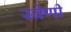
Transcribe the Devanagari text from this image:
स्वेणी